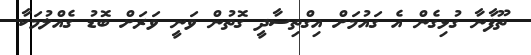
ތޫފާނާ ގުޅިގެން އެ ގައުމަށް އިގްތިސާދީ ގޮތުން ވަނީ ވަރަށް ބޮޑު ގެއްލުމަކާ